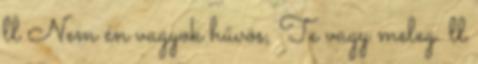
ll Nem én vagyok hűvös, Te vagy meleg. ll